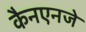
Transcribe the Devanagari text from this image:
कैनएनजे